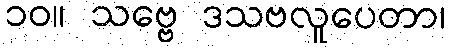
၁၀။ သဗ္ဗေ ဒသဗလူပေတာ၊